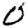
Digit: 0